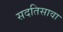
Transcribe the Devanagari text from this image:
सदतिसावा